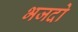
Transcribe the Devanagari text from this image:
भजदो